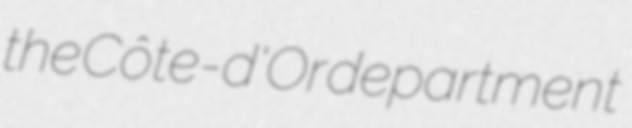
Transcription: the Côte-d'Or department